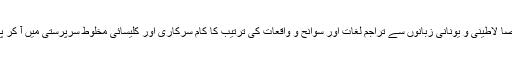
سترہویں صدی کے وسط سے جب چھاپے کی مشین غیرملکی زبانوں خصوصاً لاطینی و یونانی زبانوں سے تراجم لغات اور سوانح و واقعات کی ترتیب کا کام سرکاری اور کلیسائی مخلوط سرپرستی میں آ کر پھیلنے لگا تو روسی زبان اور روسی ادب کی تاریخ کا تسلسل قائم ہو جاتا ہے۔